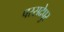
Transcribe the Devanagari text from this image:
परसदेपुर